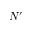
N ^ { \prime }